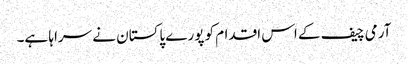
آرمی چیف کے اس اقدام کو پورے پاکستان نے سراہا ہے۔